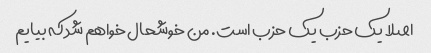
اصلا یک حزب یک حزب است. من خوشحال خواهم شد که بیایم